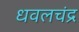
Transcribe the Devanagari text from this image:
धवलचंद्र